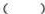
()